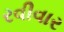
રવીવાર